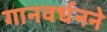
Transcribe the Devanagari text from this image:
गानवर्धनने